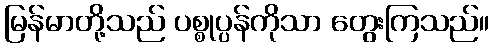
မြန်မာတို့သည် ပစ္စုပ္ပန်ကိုသာ တွေးကြသည်။